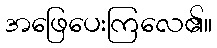
အဖြေပေးကြလေ၏။